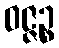
ဝဇ္ဇဉ္စ